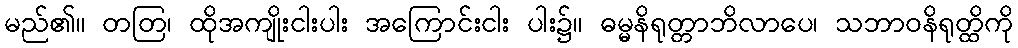
မည်၏။ တတြ၊ ထိုအကျိုးငါးပါး အကြောင်းငါး ပါး၌။ ဓမ္မနိရုတ္တာဘိလာပေ၊ သဘာဝနိရုတ္ထိကို